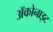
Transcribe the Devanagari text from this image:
ॲकोनाइट